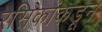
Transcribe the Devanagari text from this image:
रसिकांकडून